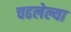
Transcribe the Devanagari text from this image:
चढलेल्या